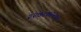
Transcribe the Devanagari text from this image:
२२७८७२२७।